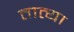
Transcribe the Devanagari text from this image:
तात्‍या